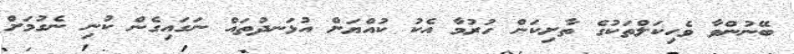
ބޭނުންވާ ވެހިކަލްތަކުގެ ތާށިކަން ހުރުމާ އެކު ކުއްޔަށް އުޅަނދުތައް ނަަގައިގެން ކުނި ނެގުމަށް